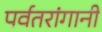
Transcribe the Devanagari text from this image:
पर्वतरांगानी